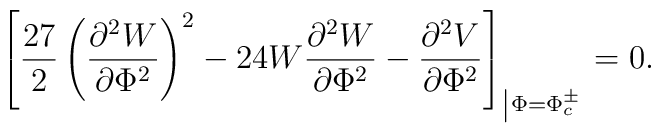
\left[\frac{27}{2} \left(\frac{\partial^2 W}{\partial\Phi^2}\right)^2  -24 W   \frac{\partial^2 W}{\partial \Phi^2} -\frac{\partial^2 V}{\partial  \Phi^2}\right]_{\left| \Phi = \Phi_c ^\pm\right.} = 0 .